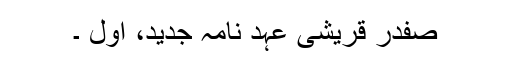
صفدر قریشی عہد نامہ جدید، اول ۔